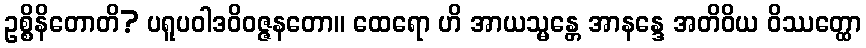
ဥစ္စိနိတောတိ? ပရူပဝါဒဝိဝဇ္ဇနတော။ ထေရော ဟိ အာယသ္မန္တေ အာနန္ဒေ အတိဝိယ ဝိဿတ္ထော